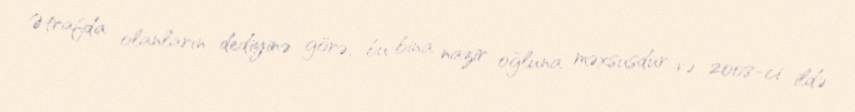
Ətrafda olanların dediyinə görə, bu bina nazir oğluna məxsusdur və 2008-ci ildə